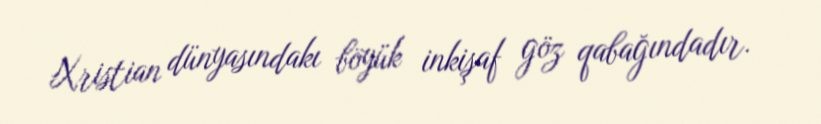
Xristian dünyasındakı böyük inkişaf göz qabağındadır.